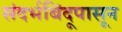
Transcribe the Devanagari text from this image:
संदर्भबिंदूपासून